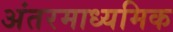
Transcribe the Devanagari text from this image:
अंतरमाध्यमिक